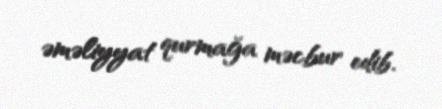
əməliyyat qurmağa məcbur edib.